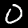
Digit: 0